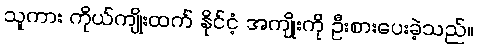
သူကား ကိုယ်ကျိုးထက် နိုင်ငံ့ အကျိုးကို ဦးစားပေးခဲ့သည်။